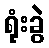
ရုံးခွဲ